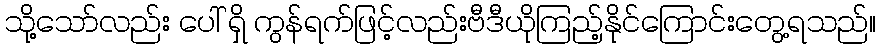
သို့သော်လည်း ပေါ် ရှိ ကွန်ရက်ဖြင့်လည်းဗီဒီယိုကြည့်နိုင်ကြောင်းတွေ့ရသည်။